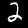
Digit: 2